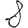
Digit: 8